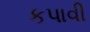
કપાવી